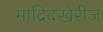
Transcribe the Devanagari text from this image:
माद्रिदखेरीज